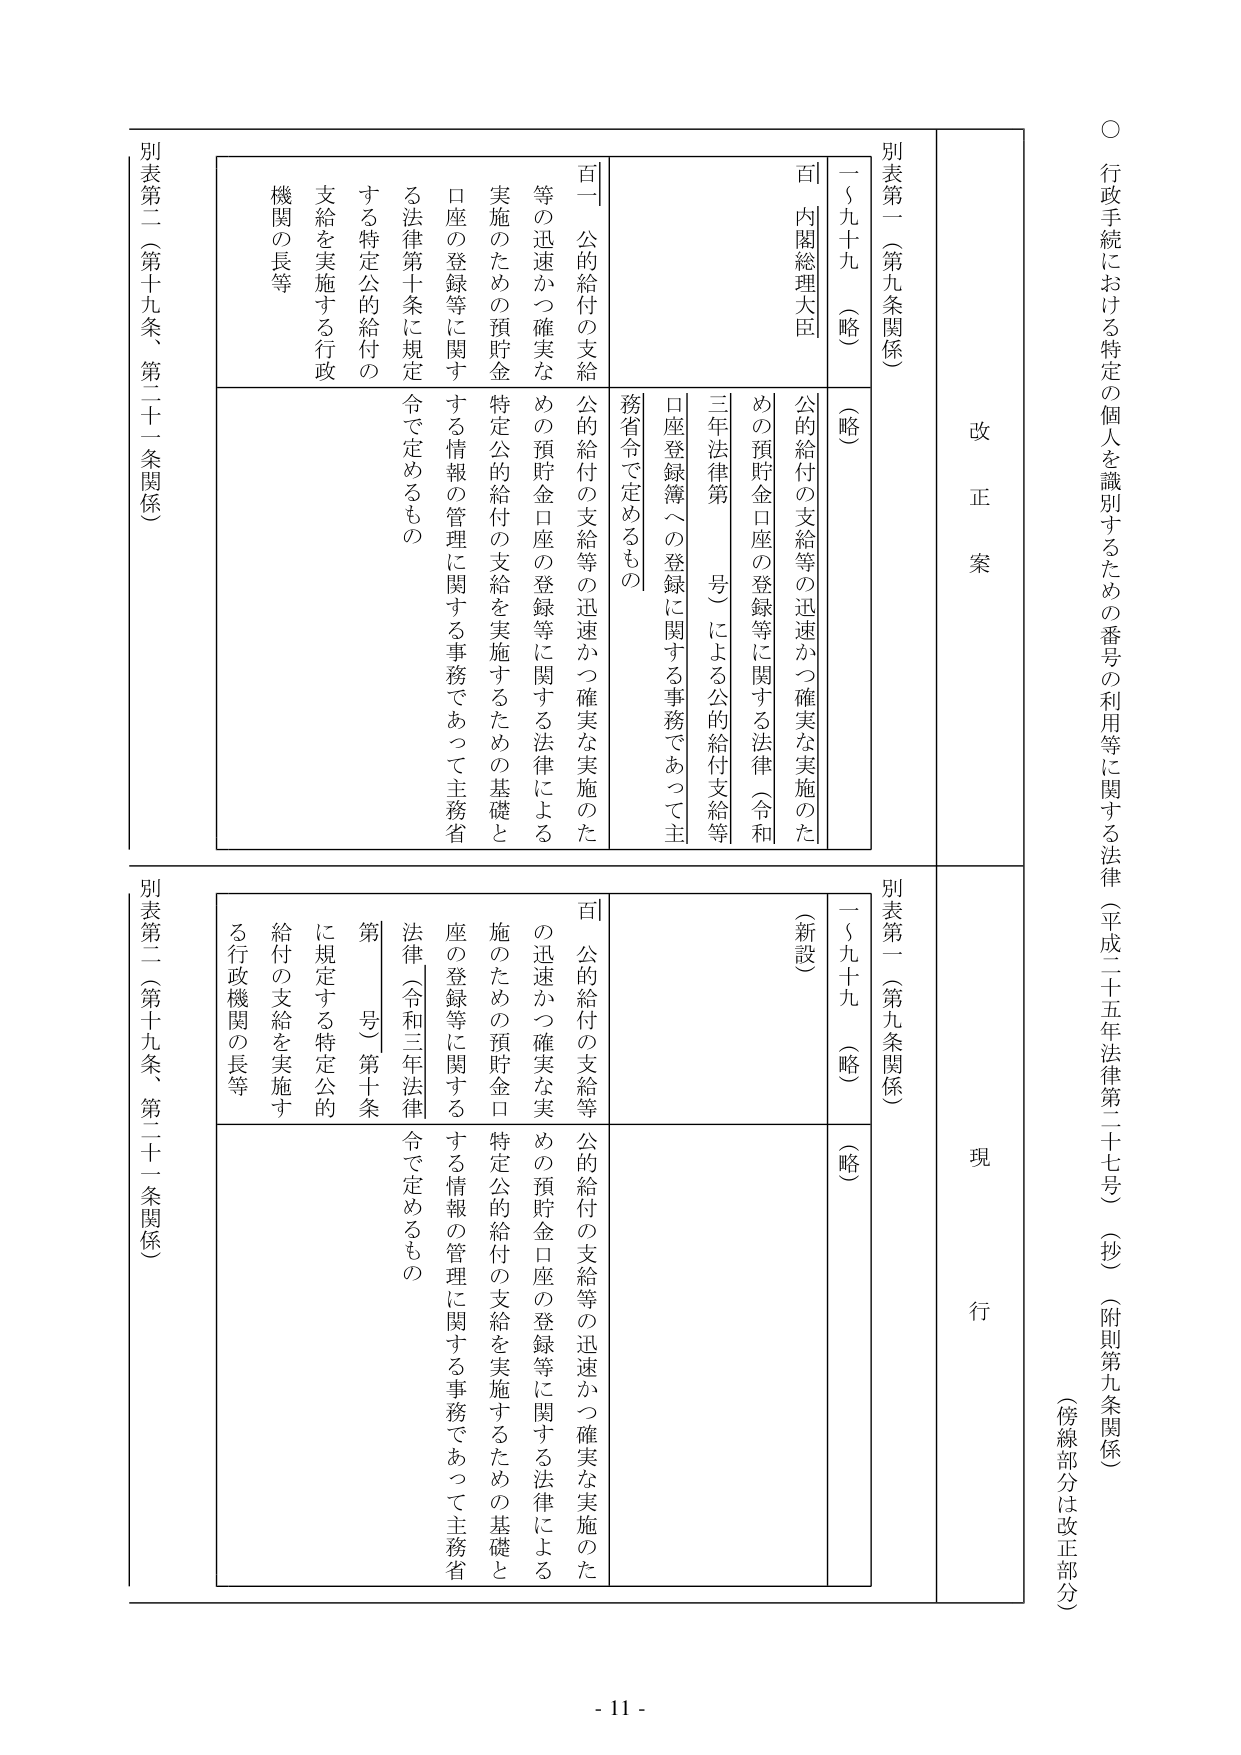
○ 行政手続における特定の個人を識別するための番号の利用等に関する法律（平成二十五年法律第二十七号）（抄）（附則第九条関係）
（傍線部分は改正部分）

改正案
別表第一（第九条関係）
一～九十九（略）（略）
百 内閣総理大臣
公的給付の支給等の迅速かつ確実な実施のための預貯金口座の登録等に関する法律（令和三年法律第　号）による公的給付支給等口座登録簿への登録に関する事務であって主務省令で定めるもの
百一 公的給付の支給等の迅速かつ確実な実施のための預貯金口座の登録等に関する法律による特定公的給付の支給を実施するための基礎とする情報の管理に関する事務であって主務省令で定めるもの
別表第二（第十九条、第二十一条関係）
する特定公的給付の支給を実施する行政機関の長等

現行
別表第一（第九条関係）
一～九十九（略）（略）
（新設）
百 公的給付の支給等の迅速かつ確実な実施のための預貯金口座の登録等に関する法律（令和三年法律第　号）第十条に規定する特定公的給付の支給を実施する行政機関の長等
百一 公的給付の支給等の迅速かつ確実な実施のための預貯金口座の登録等に関する法律による特定公的給付の支給を実施するための基礎とする情報の管理に関する事務であって主務省令で定めるもの
別表第二（第十九条、第二十一条関係）

- 11 -